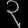
Digit: ၃